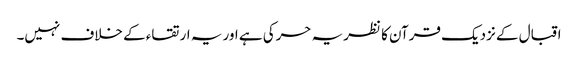
اقبال کے نزدیک قرآن کا نظریہ حرکی ہے اور یہ ارتقاء کے خلاف نہیں۔